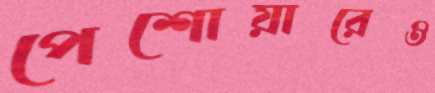
পেশোয়ারেও